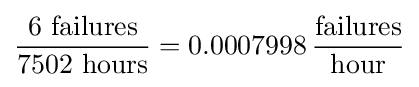
{\frac {6{\text{ failures}}}{7502{\text{ hours}}}}=0.0007998\,{\frac {\text{failures}}{\text{hour}}}